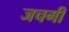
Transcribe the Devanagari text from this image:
जचगी